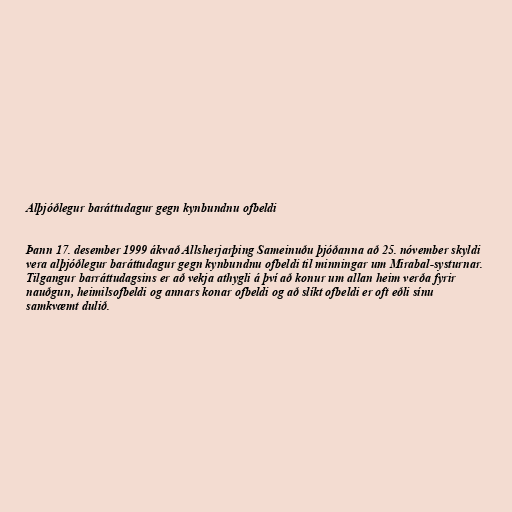
Alþjóðlegur baráttudagur gegn kynbundnu ofbeldi

Þann 17. desember 1999 ákvað Allsherjarþing Sameinuðu þjóðanna að 25. nóvember skyldi
vera alþjóðlegur baráttudagur gegn kynbundnu ofbeldi til minningar um Mirabal-systurnar.
Tilgangur barráttudagsins er að vekja athygli á því að konur um allan heim verða fyrir
nauðgun, heimilsofbeldi og annars konar ofbeldi og að slíkt ofbeldi er oft eðli sínu
samkvæmt dulið.